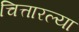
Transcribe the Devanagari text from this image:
चित्तारल्या